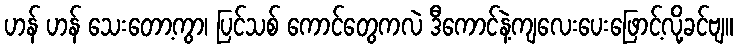
ဟန် ဟန် သေးတော့ကွာ၊ ပြင်သစ် ကောင်တွေကလဲ ဒီကောင်နဲ့ကျလေးပေးဖြောင့်လို့ခင်ဗျ။